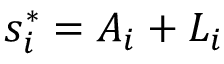
s _ { i } ^ { * } = A _ { i } + L _ { i }